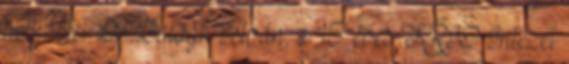
helyzetet Dr. Balogh István, a 15 éves KRIO Intézet